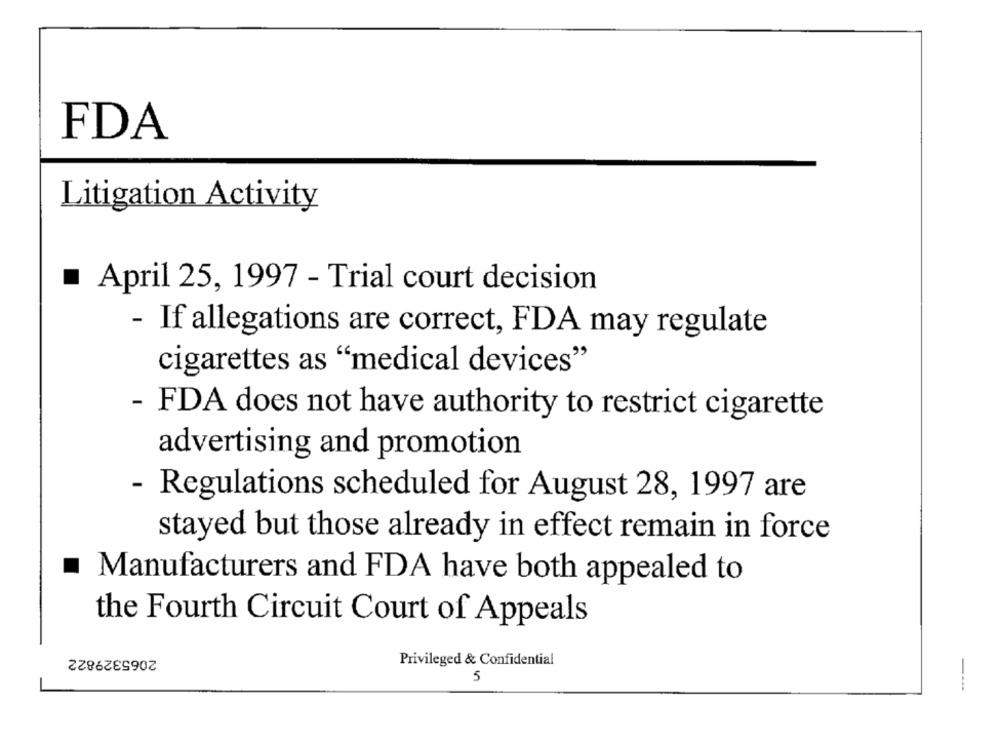
FDA
Litigation Activity
April 25, 1997 - Trial court decision
- If allegations are correct, FDA may regulate
cigarettes as "medical devices"
- FDA does not have authority to restrict cigarette
advertising and promotion
- Regulations scheduled for August 28, 1997 are
stayed but those already in effect remain in force
Manufacturers and FDA have both appealed to
the Fourth Circuit Court of Appeals
2065329822
Privileged & Confidential
5
---